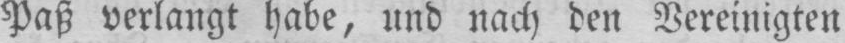
Paß verlangt habe, und nach den Vereinigten